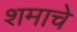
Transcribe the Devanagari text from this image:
शमाचे